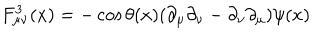
LaTeX: F _ { \mu \nu } ^ { 3 } ( x ) = - \cos \theta ( x ) ( \partial _ { \mu } \partial _ { \nu } - \partial _ { \nu } \partial _ { \mu } ) \psi ( x )